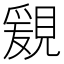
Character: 𧡩